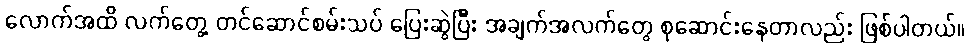
လောက်အထိ လက်တွေ့ တင်ဆောင်စမ်းသပ် ပြေးဆွဲပြီး အချက်အလက်တွေ စုဆောင်းနေတာလည်း ဖြစ်ပါတယ်။